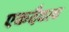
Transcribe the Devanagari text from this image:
एकदैवत्व